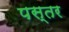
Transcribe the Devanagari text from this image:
पस्तर